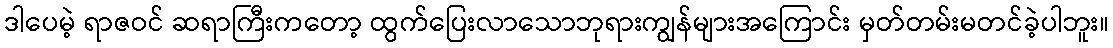
ဒါပေမဲ့ ရာဇဝင် ဆရာကြီးကတော့ ထွက်ပြေးလာသောဘုရားကျွန်များအကြောင်း မှတ်တမ်းမတင်ခဲ့ပါဘူး။